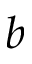
b